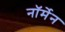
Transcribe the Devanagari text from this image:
नॉर्मेन